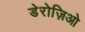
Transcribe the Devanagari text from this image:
डेरोज़िओ